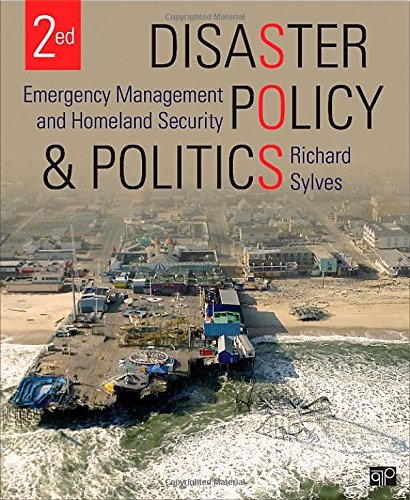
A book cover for Disaster Policy and Politics; Emergency Management and Homeland Security; Politics & Social Sciences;